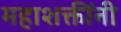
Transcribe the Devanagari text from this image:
महाशक्तींनी